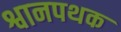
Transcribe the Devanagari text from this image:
श्वानपथक